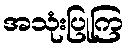
အသုံးပြုကြ